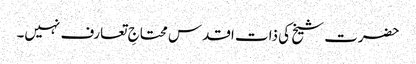
حضرت شیخ کی ذات اقدس محتاجِ تعارف نہیں۔